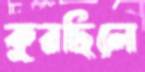
কুরছিলে